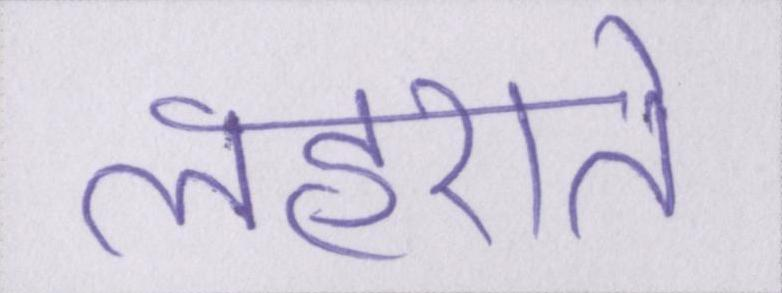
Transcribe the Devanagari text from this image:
लहराते